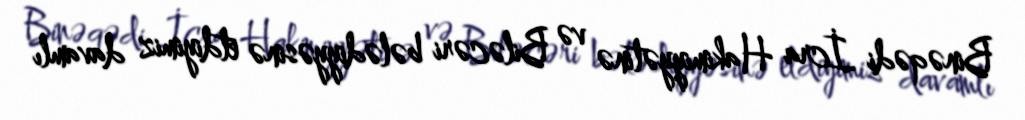
Binəqədi İcra Hakimiyyətinə və Biləcəri bələdiyyəsinə etdiyimiz davamlı